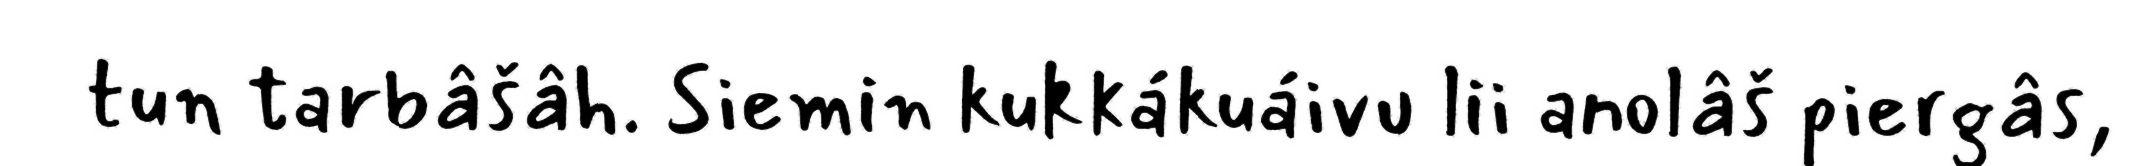
tun tarbâšâh. Siemin kukkákuáivu lii anolâš piergâs,